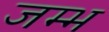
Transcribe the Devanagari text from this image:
जम्भ